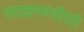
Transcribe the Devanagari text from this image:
संरक्षणमंत्रीपदी